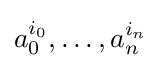
a_{0}^{i_{0}},\dots ,a_{n}^{i_{n}}